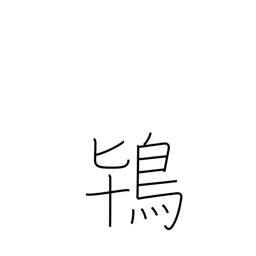
Meaning: crested ibis